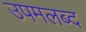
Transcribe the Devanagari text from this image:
उपमलब्द